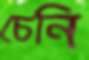
চেনি